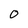
Character: O